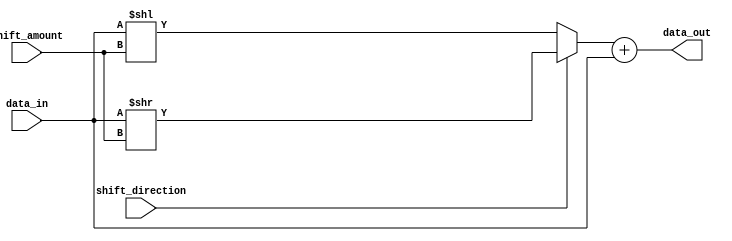
module HybridBarrelShifter(
  input  wire [31:0] data_in,
  input  wire [4:0] shift_amount,
  input  wire shift_direction, // 0 for left shift, 1 for right shift
  output reg [31:0] data_out
);

reg [31:0] temp_data;
reg [31:0] arithmetic_result;

always @ (*) begin
  if (shift_direction == 0) begin
    temp_data = data_in << shift_amount;
  end else begin
    temp_data = data_in >> shift_amount;
  end
  
  arithmetic_result = temp_data + data_in;
  
  // Additional arithmetic operations here if needed
  
  data_out = arithmetic_result;
end

endmodule